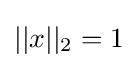
||x||_{2}=1